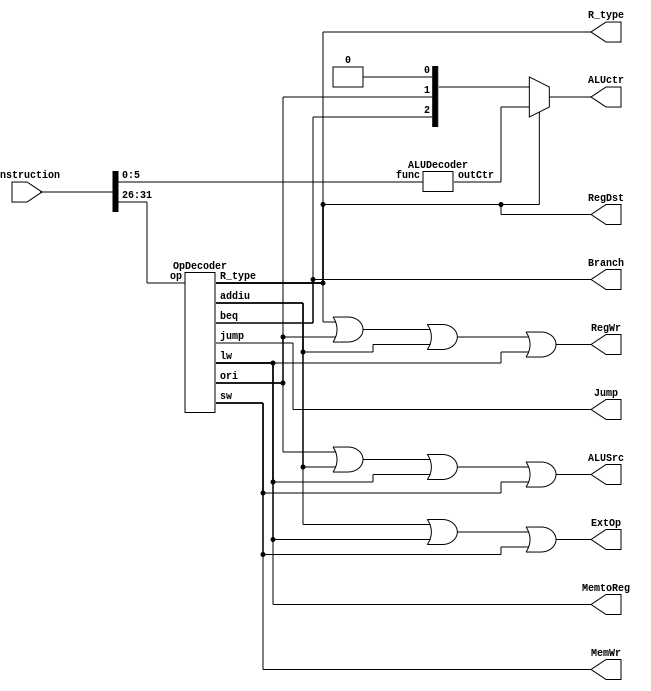
module controller(
        input [31:0] Instruction,
        output RegWr, //
        output ALUSrc,
        output RegDst, //
        output MemtoReg, //
        output MemWr, //
        output Branch, //
        output Jump, //
        output ExtOp, //
        output [2:0] ALUctr, //
        output R_type //
    );
    wire ori, addiu, lw, sw, beq, jump;
    wire [2:0] ALUop, ALUfunc;

    OpDecoder opd(
                  .op(Instruction[31:26]),
                  .R_type(R_type),
                  .ori(ori),
                  .addiu(addiu),
                  .lw(lw),
                  .sw(sw),
                  .beq(beq),
                  .jump(jump)
              );

    assign Branch   = beq;
    assign RegWr    = R_type | ori | addiu | lw;
    assign ALUop    = {beq, ori, R_type};
    assign ALUSrc   = ori | addiu | lw | sw;
    assign MemtoReg = lw;
    assign RegDst   = R_type;
    assign Jump     = jump;
    assign MemWr    = sw;
    assign ExtOp    = addiu | lw | sw;

    ALUDecoder alud(
                   .func(Instruction[5:0]),
                   .outCtr(ALUfunc)
               );
    assign ALUctr = R_type == 1'b1 ? ALUfunc : ALUop;
endmodule

module OpDecoder(op, R_type, ori, addiu, lw, sw, beq, jump);
    input [5:0] op;
    output R_type, ori, addiu, lw, sw, beq, jump;
    assign R_type   = op == 6'b0;
    assign ori      = op == 6'b001101;
    assign addiu    = op == 6'b001001;
    assign lw       = op == 6'b100011;
    assign sw       = op == 6'b101011;
    assign beq      = op == 6'b000100;
    assign jump     = op == 6'b000010;
endmodule

module ALUDecoder(func, outCtr);
    input [5:0] func;
    output [2:0] outCtr;
    assign outCtr[2] = ~func[2] & func[1];
    assign outCtr[1] = func[3] & ~func[2] & func[1];
    assign outCtr[0] = (~func[3] & ~func[2] & ~func[1] & ~func[0]) |
           (~func[2] & func[1] & ~func[0]);
endmodule